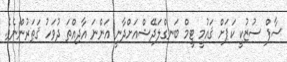
ސާފް ސުޒުކީ ކަޕަށް ޤައުމީ ޓީމް ބަނގްލަދޭޝްއަށްދާނީ އަންނަ އާދިއްތަ ދުވަހު ޤަޠަރުންނެވެ.